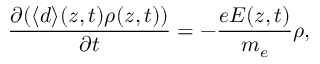
\frac { \partial ( \langle d \rangle ( z , t ) \rho ( z , t ) ) } { \partial t } = - \frac { e E ( z , t ) } { m _ { e } } \rho ,